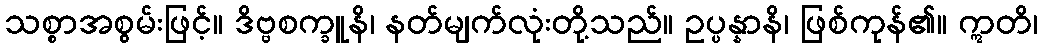
သစ္စာအစွမ်းဖြင့်။ ဒိဗ္ဗစက္ခူနိ၊ နတ်မျက်လုံးတို့သည်။ ဥပ္ပန္နာနိ၊ ဖြစ်ကုန်၏။ ဣတိ၊